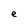
Character: e